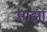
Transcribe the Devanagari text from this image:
आझो